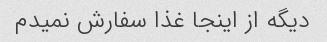
دیگه از اینجا غذا سفارش نمیدم